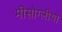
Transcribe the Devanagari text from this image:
मीसोग्लीया